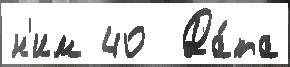
н'им 40  Да́та